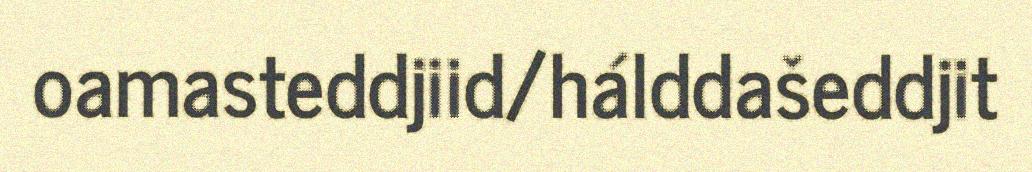
oamasteddjiid/hálddašeddjit